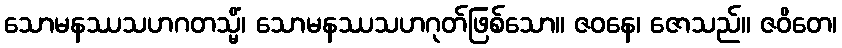
သောမနဿသဟဂတသ္မိံ၊ သောမနဿသဟဂုတ်ဖြစ်သော။ ဇဝနေ၊ ဇောသည်။ ဇဝိတေ၊